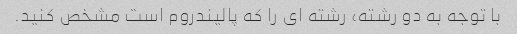
با توجه به دو رشته، رشته ای را که پالیندروم است مشخص کنید.